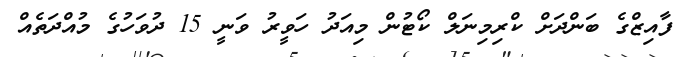
ފާއިޒްގެ ބަންދަށް ކްރިމިނަލް ކޯޓުން މިއަދު ހަވީރު ވަނީ 15 ދުވަހުގެ މުއްދަތެއް